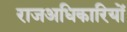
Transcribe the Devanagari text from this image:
राजअधिकारियों